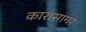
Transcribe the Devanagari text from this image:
कारासागर